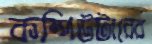
কম্পিউটারের